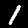
Digit: 1